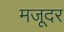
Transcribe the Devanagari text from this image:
मजूदर